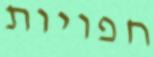
חפויות